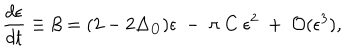
LaTeX: { \frac { d \epsilon } { d t } } \equiv \beta = ( 2 - 2 \Delta _ { O } ) \epsilon ~ - ~ \pi ~ C ~ \epsilon ^ { 2 } ~ + ~ { \cal O } ( \epsilon ^ { 3 } ) ,